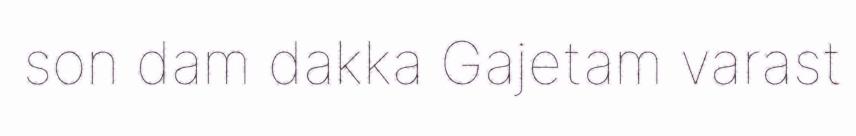
son dam dakka Gajetam varast